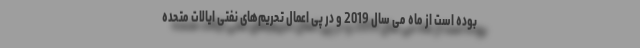
بوده است از ماه می سال 2019 و در پی اعمال تحریم‌های نفتی ایالات متحده